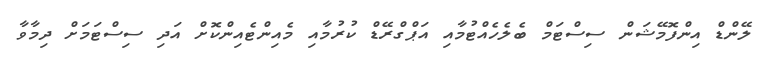
ލޭންޑް އިންފޮމޭޝަން ސިސްޓަމް ބެލެހެއްޓުމާއި އަޕްގްރޭޑް ކުރުމާއި މެއިންޓެއިންކޮށް އަދި ސިސްޓަމަށް ދިމާވާ